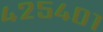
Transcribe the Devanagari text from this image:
४२५४०१